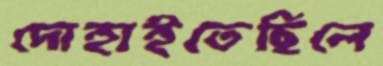
দোহাইতেছিলে